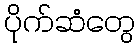
ပိုက်ဆံတွေ